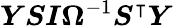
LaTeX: \boldsymbol{Y}\boldsymbol{S}\boldsymbol{I}\boldsymbol{\Omega}^{-1}\boldsymbol{S}^{\intercal}\boldsymbol{Y}